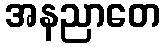
အနညာတေ